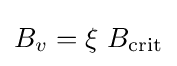
B_{v}=\xi \ B_{\text{crit}}